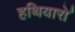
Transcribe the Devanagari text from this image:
हथियारो॑